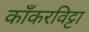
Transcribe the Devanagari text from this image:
काँकरविट्टा